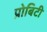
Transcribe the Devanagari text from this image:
प्रोबिटी